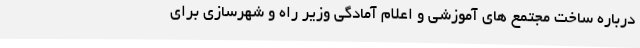
درباره ساخت مجتمع های آموزشی و اعلام آمادگی وزیر راه و شهرسازی برای